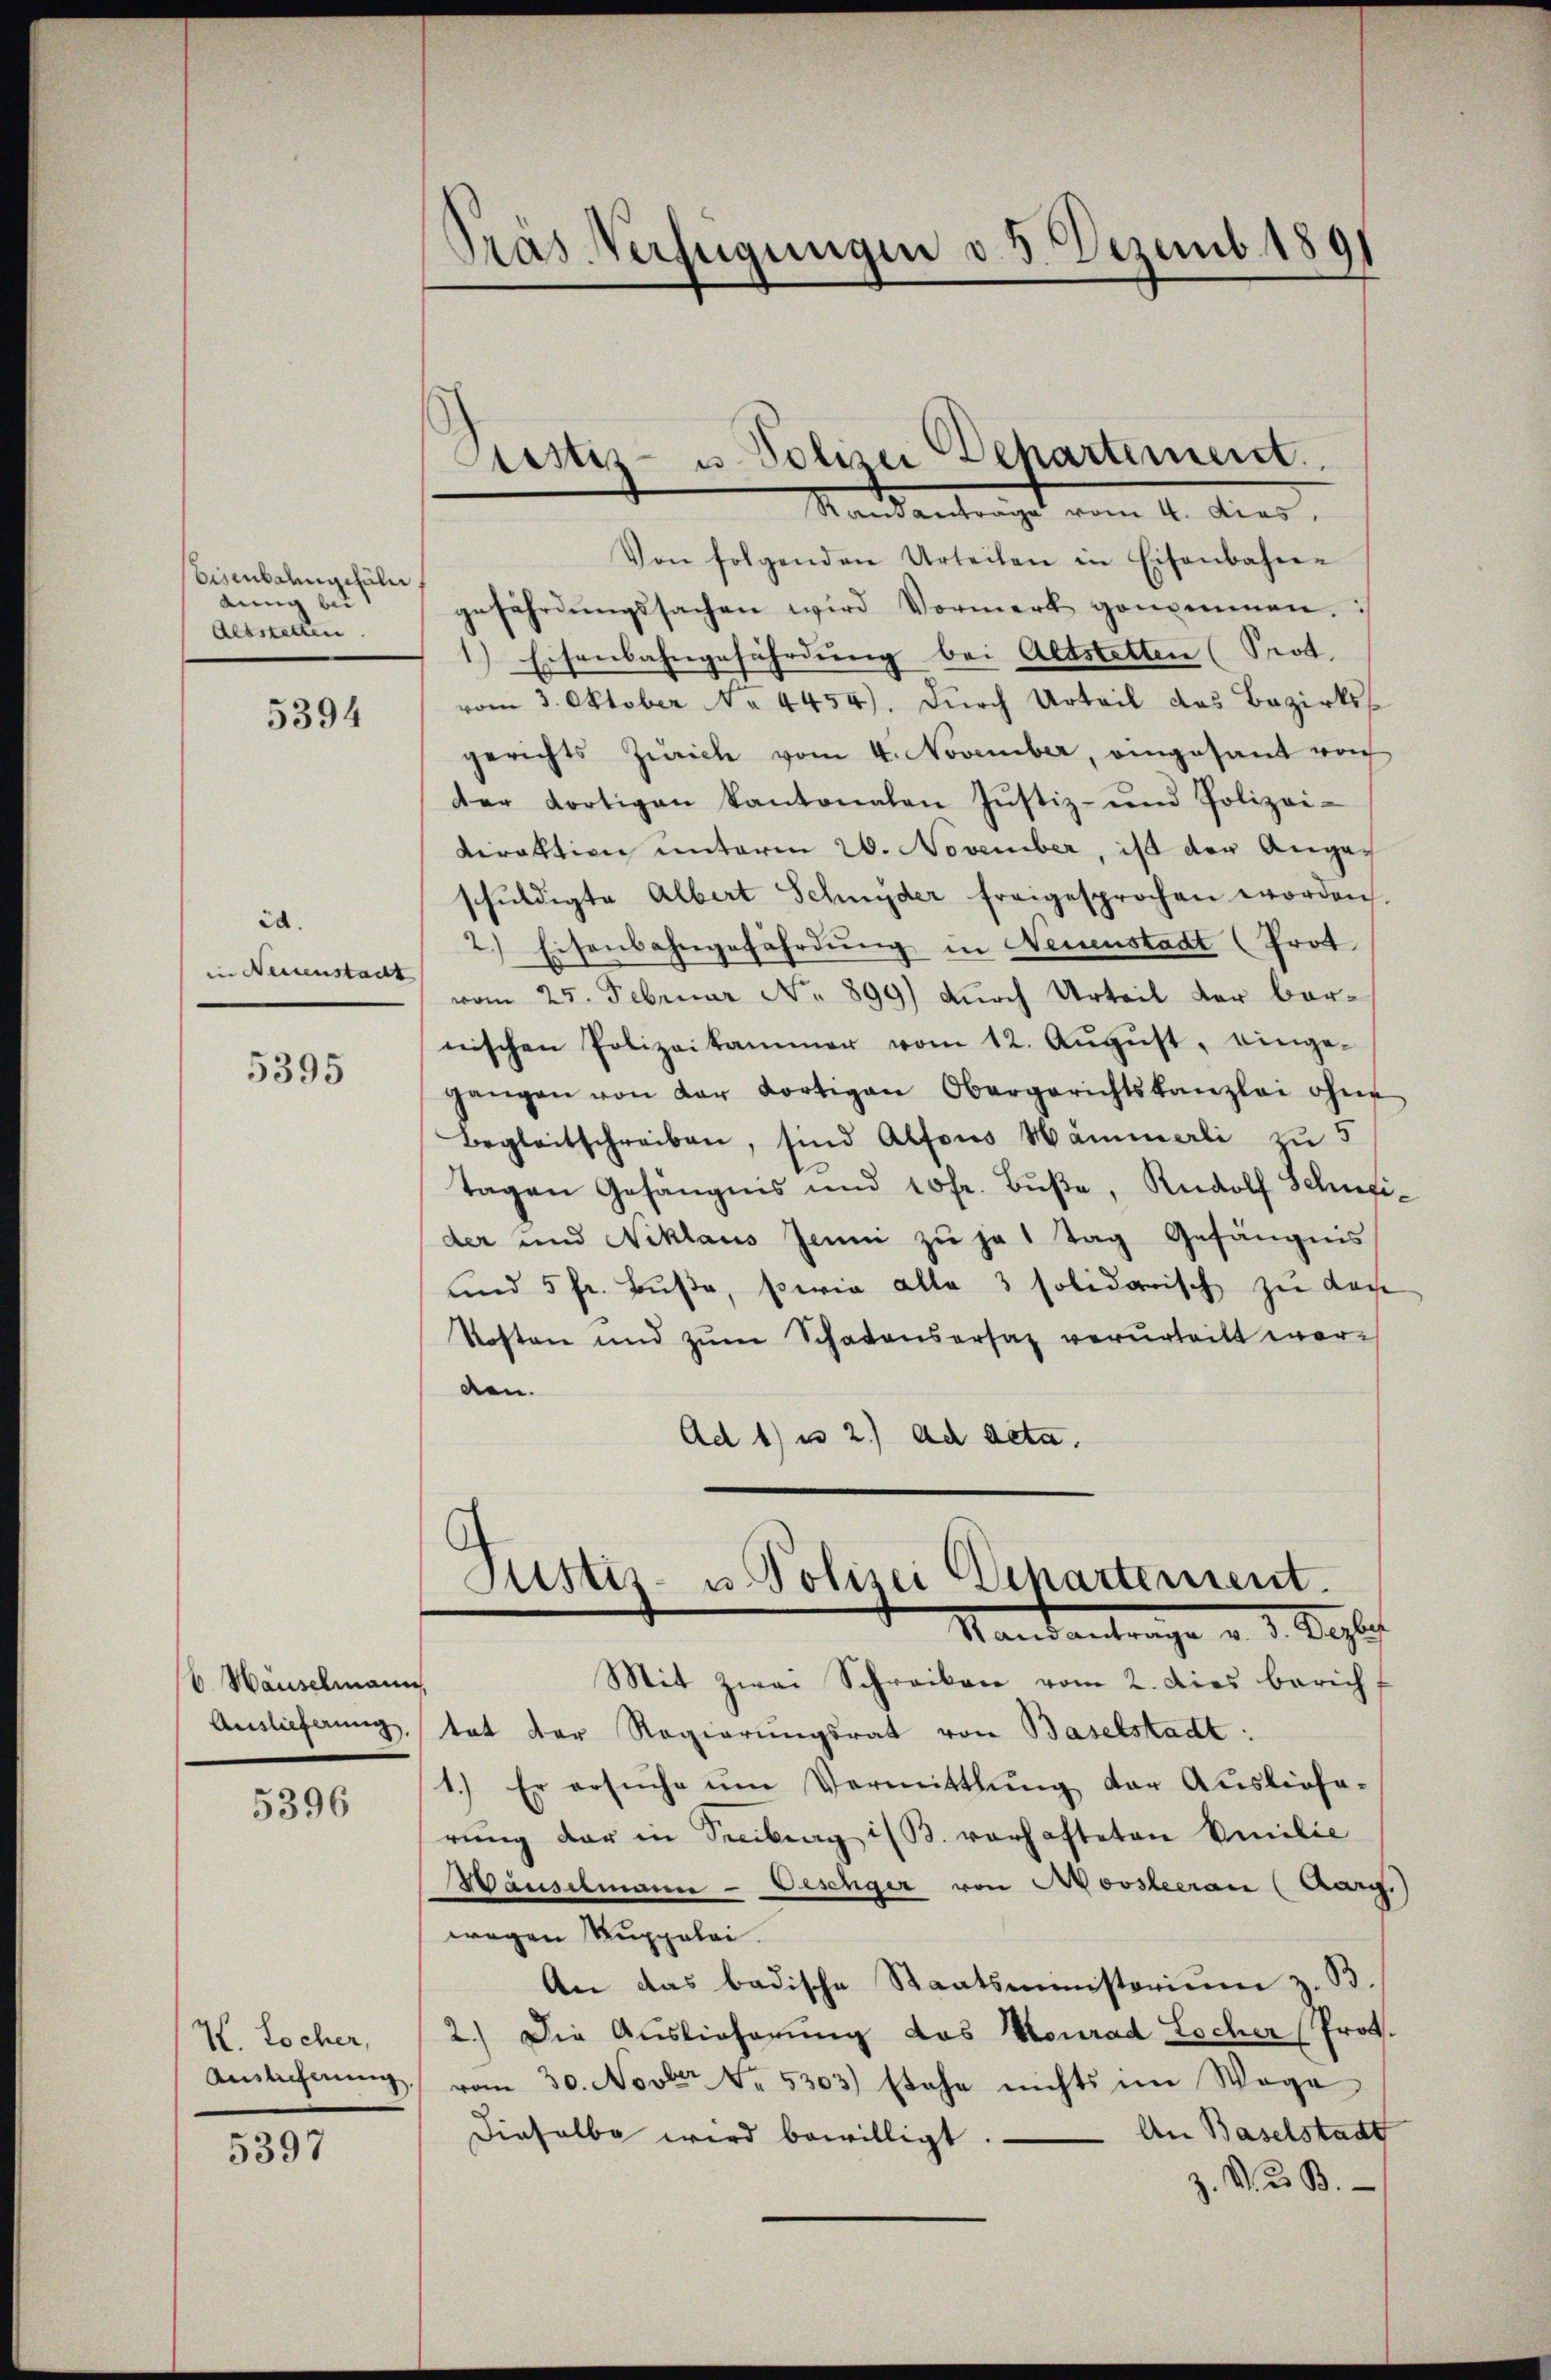
Eisenbahngesäle
dung bei
desstellen.

5394

id.
in Neuenstacht

5395

b Häuselmann,

5396

W. Locher,

5397

Pras Verfügungen v. 3. Dezemb. 1891

Ptistis- u. Polizei Departement

Mandantrage vom 1. Juni.
Von folgenden Urteilen in Eisenbahnen
gefährdŭngssachen wird Vormerk genommen.
1.) Eisenbahngefährdung bei Altstelten (Prot
vom 3. Oktober No. 4454). Dŭrch Urteil das Bezirksgerichts Zürich vom 4. November, eingesant von
der dortigen Kantonalen Justiz- und Polizeidiraktion unterm 20. November, ist der Angeschuldigte Albert Schnyder freigesprochen worden.
2) Eisenbahngefährdung in Neuenstadt (Prot
vom 25. Februar No 899) durch Urteil der barnischen Polizeikammer vom 12. Aŭgŭst, einge-
gangen von der dortigen Obergerichtskanzlei ohne
Begleitschreiben, sind Alfons Hämmerli zu 5
tagen Gefängnis und 10fr. Bŭβe, Rudolf Schneider und Niklaus Jenni zu je 1 Tag Gefängnis
und 5 fr. Buße, sowie alle 3 solidarisch zu Lache
Kosten und zŭm Schadensersaz verurteilt worden.
Ad 1) u 2.) ad acta.

Justiz- u. Polizei Departement.
Mandantrage v. d. Kapi

Mit zwei Schreiben vom 2. dies berich,
Auslieferung tat der Regierungsrat von Baselstadt:
1.) Er ersŭche ŭm Vermittlung der Ausliefa-
rung der in Seitrag ist. vorhafteten Emilie
Häuselmann - Desinger von Moosleeran (Arg.)
wegen Kuppelei.
An das badische Staatsministerium z. B.
2.) Die Auslieferung das Konrad Locher (Prot.
Amslicherŭng vom 30. Novber No. 5303) stehe nichts im Wege
dieselbe wird bewilligt. — An Baselstadt
z. V. 3. B